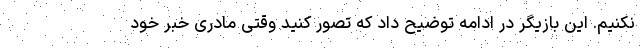
نکنیم. این بازیگر در ادامه توضیح داد که تصور کنید وقتی مادری خبر خود